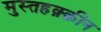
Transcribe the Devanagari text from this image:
मुस्तहक़्क़ीन